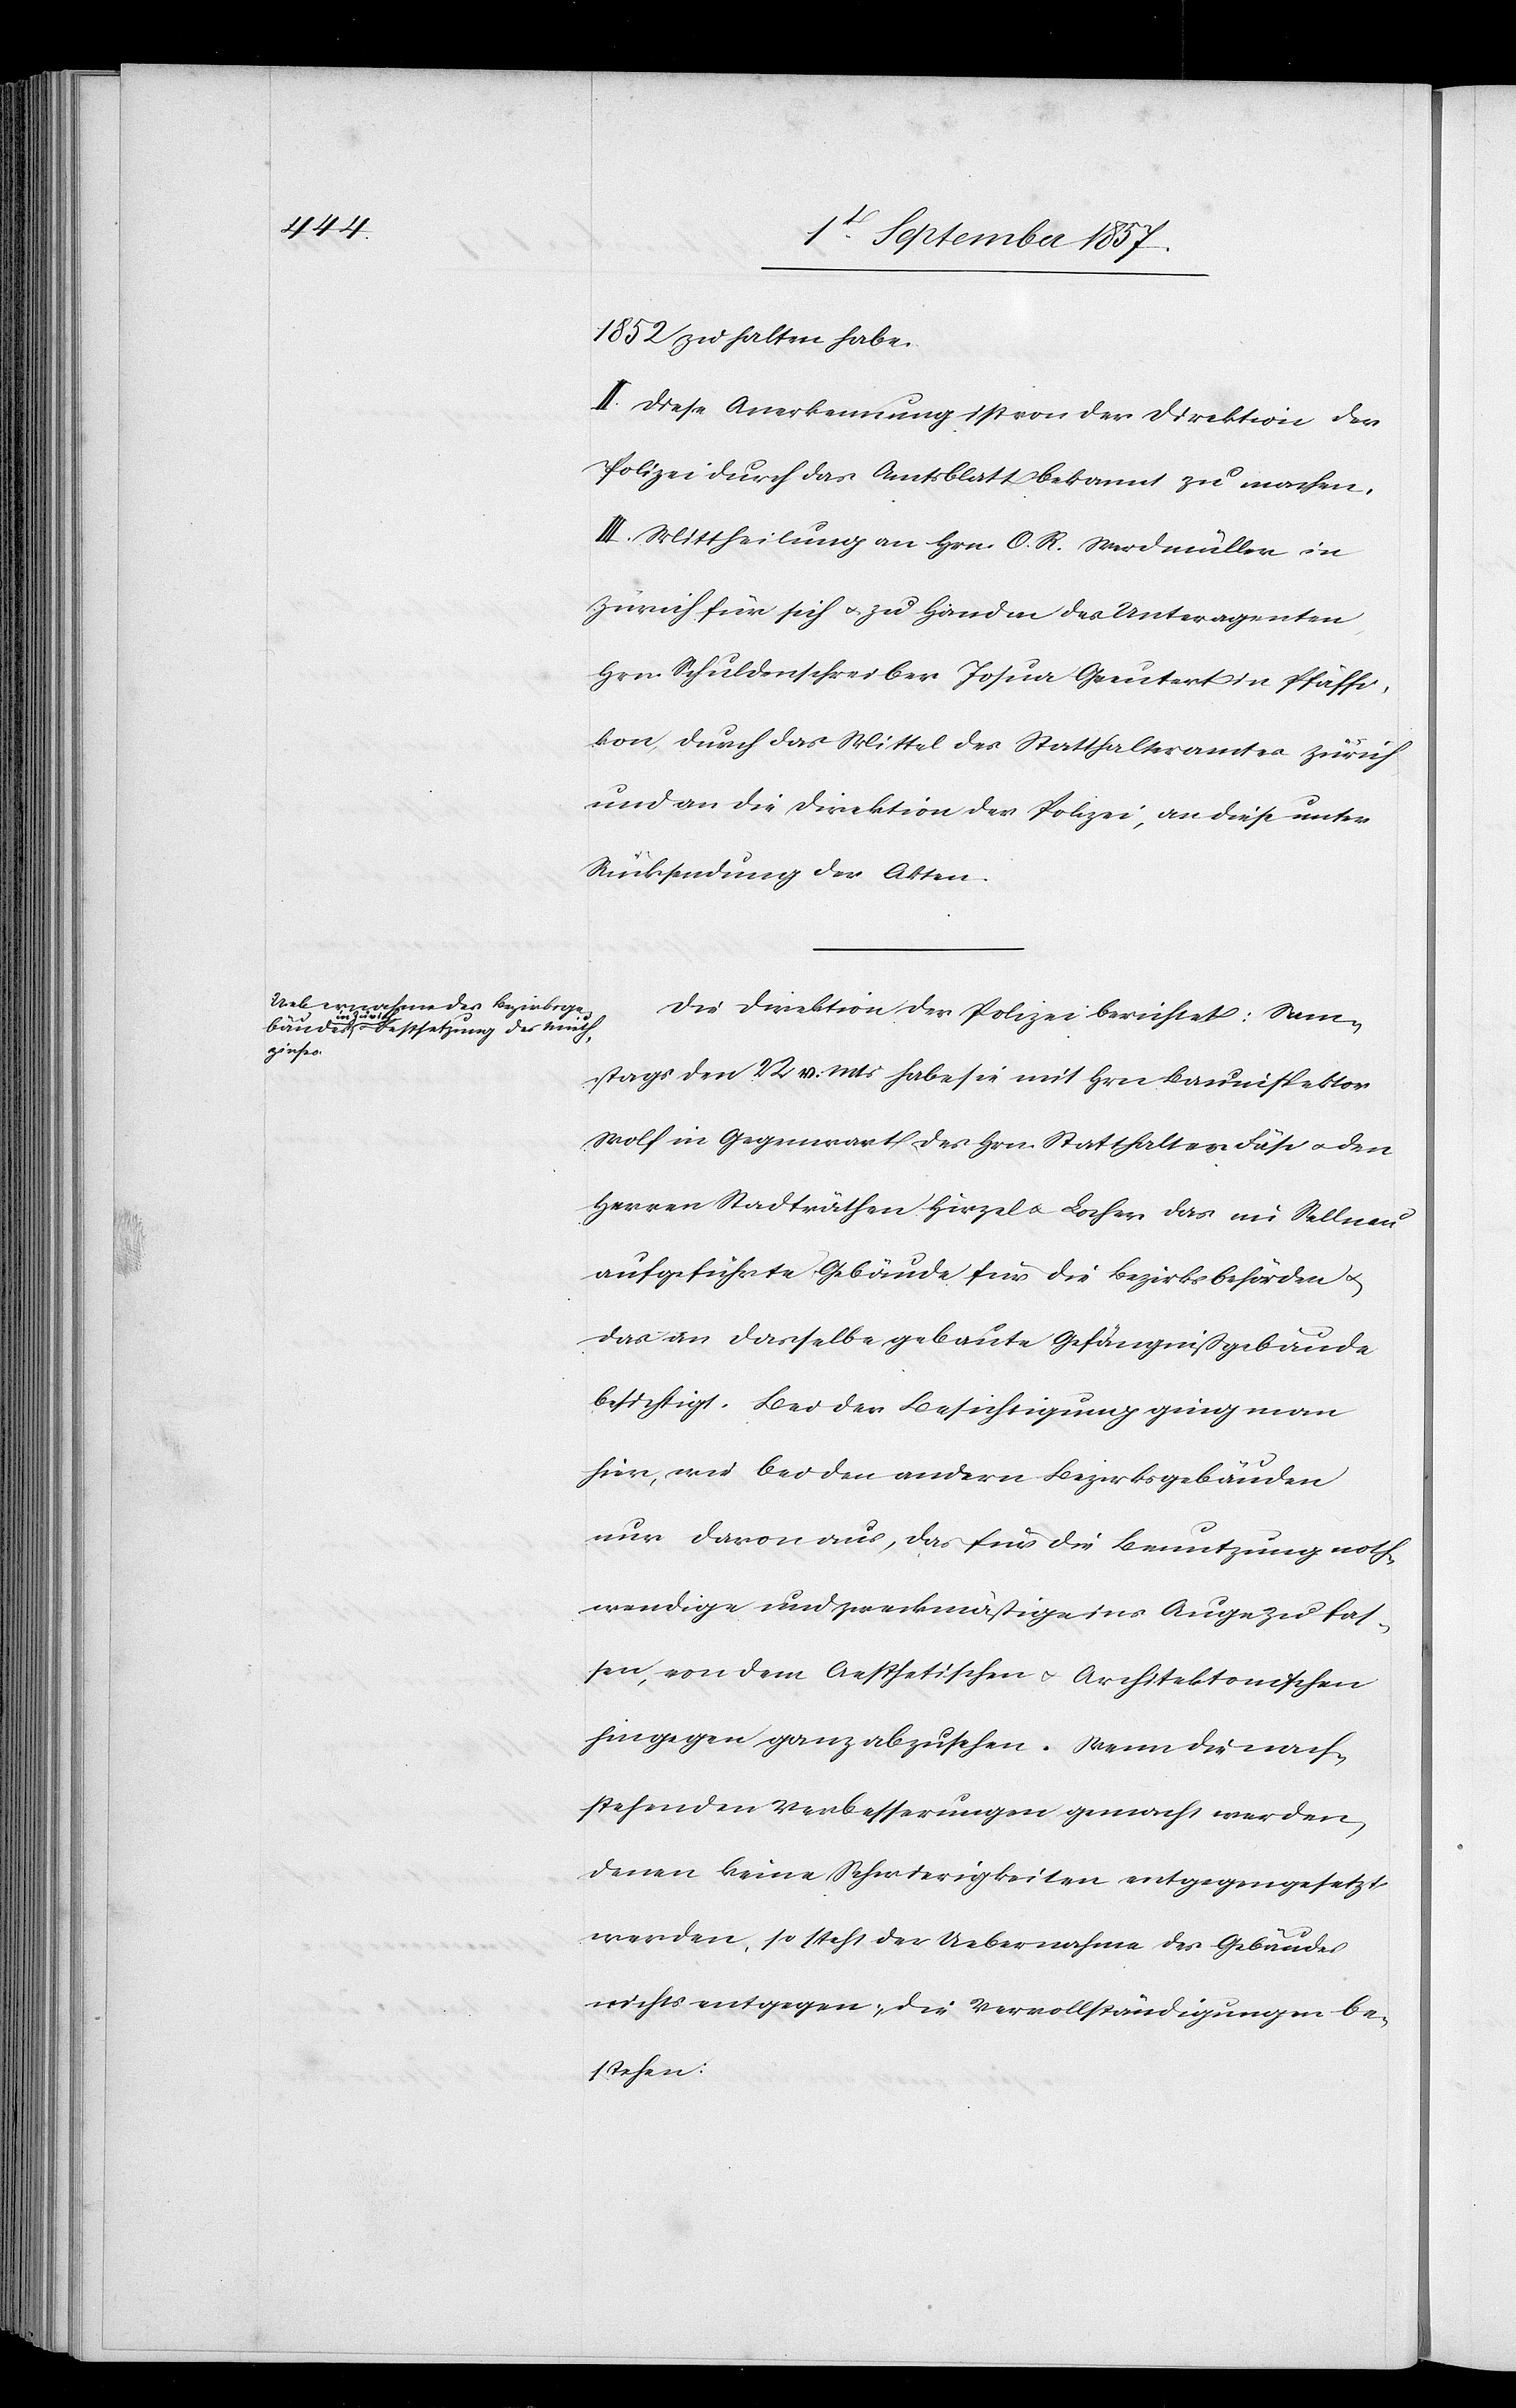
1852 zu halten habe.
II. Diese Anerkennung ist von der Direktion der
Polizei durch das Amtsblatt bekannt zu machen.
III. Mittheilung an Hrn O. R. Werdmüller in
Zürich für sich & zu Handen des Unteragenten
Hrn. Schuldenschreiber Josua Greutert in Pfäffi¬
kon, durch das Mittel des Statthalteramtes Zürich
und an die Direktion der Polizei, an diese unter
Rücksendung der Akten.
Die Direktion der Polizei berichtet: Sam¬
stags den 22 v. Mts. habe sie mit Hrn. Bauinspektor
Wolf in Gegenwart des Hrn. Statthalter Fäsi & der
Herren Stadträthen Hirzel & Locher das im Sellnau
aufgeführte Gebäude für die Bezirksbehörden &
das an dasselbe gebaute Gefängnißgebäude
besichtigt. Bei der Besichtigung ging man
hier, wie bei den andern Bezirksgebäuden
nur davon aus, das für die Benutzung noth¬
wendige und zweckmäßige ins Auge zu fas¬
sen, von dem Aesthetischen & Architektonischen
hingegen ganz abzusehen. Wenn die nach¬
stehenden Verbesserungen gemacht werden,
denen keine Schwierigkeiten entgegengesetzt
werden, so steht der Uebernahme des Gebäudes
nichts entgegen; die Vervollständigungen be¬
stehen: